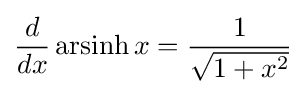
{\frac {d}{dx}}\operatorname {arsinh} x={\frac {1}{\sqrt {1+x^{2}}}}